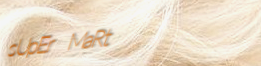
sUpEr MaRt